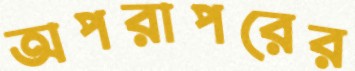
অপরাপরের